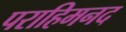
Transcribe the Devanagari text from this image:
पराहिमनद